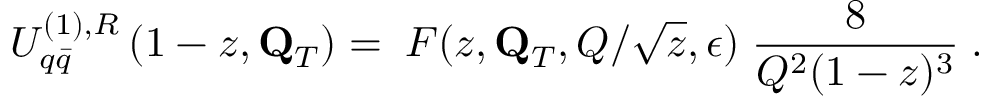
U _ { q \bar { q } } ^ { ( 1 ) , R } \left( 1 - z , { \bf Q } _ { T } \right) = \; { \cal F } ( z , { \bf Q } _ { T } , Q / \sqrt { z } , \epsilon ) \; { \frac { 8 } { Q ^ { 2 } ( 1 - z ) ^ { 3 } } } \; .